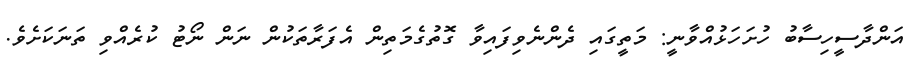
އަންދާސީހިސާބު ހުށަހަޅުއްވާނީ: މަތީގައި ދެންނެވިފައިވާ ގޮތުގެމަތިން އެފަރާތަކުން ނަން ނޯޓު ކުރެއްވި ތަނަކަށެވެ.